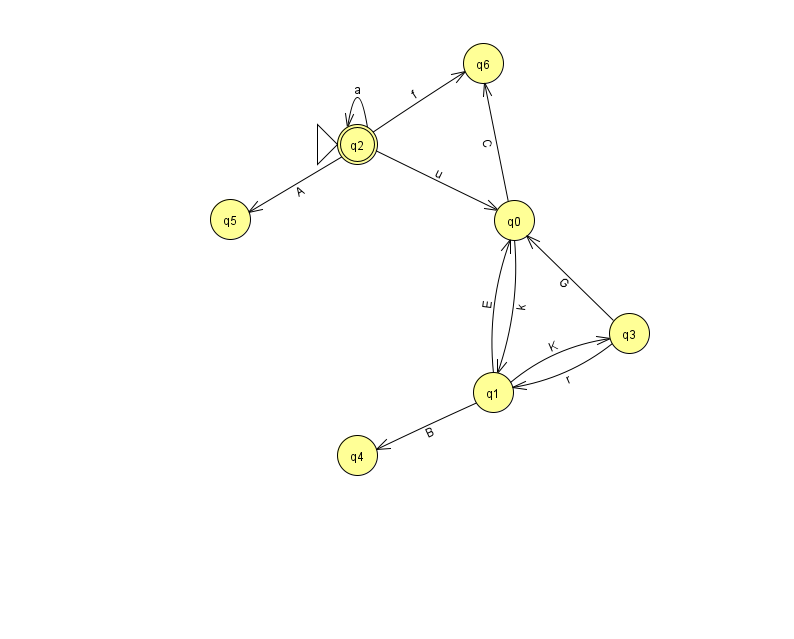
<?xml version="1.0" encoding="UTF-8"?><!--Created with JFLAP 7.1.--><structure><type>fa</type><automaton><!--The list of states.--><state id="0" name="q0"><x>514.0</x><y>207.0</y></state><state id="1" name="q1"><x>493.0</x><y>379.0</y></state><state id="2" name="q2"><x>357.0</x><y>131.0</y><initial/><final/></state><state id="3" name="q3"><x>629.0</x><y>320.0</y></state><state id="4" name="q4"><x>357.0</x><y>442.0</y></state><state id="5" name="q5"><x>230.0</x><y>206.0</y></state><state id="6" name="q6"><x>483.0</x><y>50.0</y></state><!--The list of transitions.--><transition><from>1</from><to>3</to><read>K</read></transition><transition><from>2</from><to>2</to><read>a</read></transition><transition><from>2</from><to>5</to><read>A</read></transition><transition><from>3</from><to>0</to><read>G</read></transition><transition><from>2</from><to>6</to><read>f</read></transition><transition><from>0</from><to>1</to><read>k</read></transition><transition><from>1</from><to>4</to><read>B</read></transition><transition><from>3</from><to>1</to><read>r</read></transition><transition><from>1</from><to>0</to><read>E</read></transition><transition><from>0</from><to>6</to><read>C</read></transition><transition><from>2</from><to>0</to><read>u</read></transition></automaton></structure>